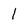
Character: l